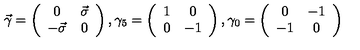
\vec { \gamma } = \left( \begin{array} { c c } { 0 } & { \vec { \sigma } } \\ { - \vec { \sigma } } & { 0 } \\ \end{array} \right) , \gamma _ { 5 } = \left( \begin{array} { c c } { 1 } & { 0 } \\ { 0 } & { - 1 } \\ \end{array} \right) , \gamma _ { 0 } = \left( \begin{array} { c c } { 0 } & { - 1 } \\ { - 1 } & { 0 } \\ \end{array} \right)